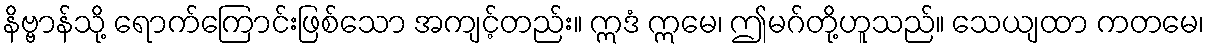
နိဗ္ဗာန်သို့ ရောက်ကြောင်းဖြစ်သော အကျင့်တည်း။ ဣဒံ ဣမေ၊ ဤမဂ်တို့ဟူသည်။ သေယျထာ ကတမေ၊